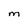
Character: m